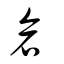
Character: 倉